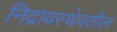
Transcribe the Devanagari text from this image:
निद्रावस्थेवतील